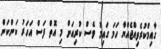
ގާއިމްކުރެވިއްޖެއްޔާ ހަމަ ގައިމު ވެސް ކުރިއަށް މި އޮތް ފަސް އަހަރު ކަންކަން